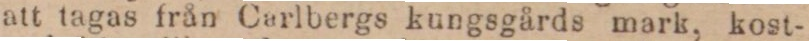
att tagas från Carlbergs kungsgårds mark, kost-